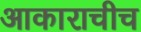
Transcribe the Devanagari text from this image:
आकाराचीच